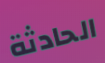
الحادثة